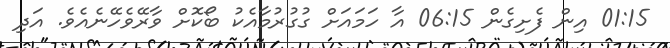
01:15 އިން ފެށިގެން 06:15 އާ ހަމައަށް ގުގުރުމާއެކު ބޯކޮށް ވާރޭވެހޭނެއެވެ. އަދި